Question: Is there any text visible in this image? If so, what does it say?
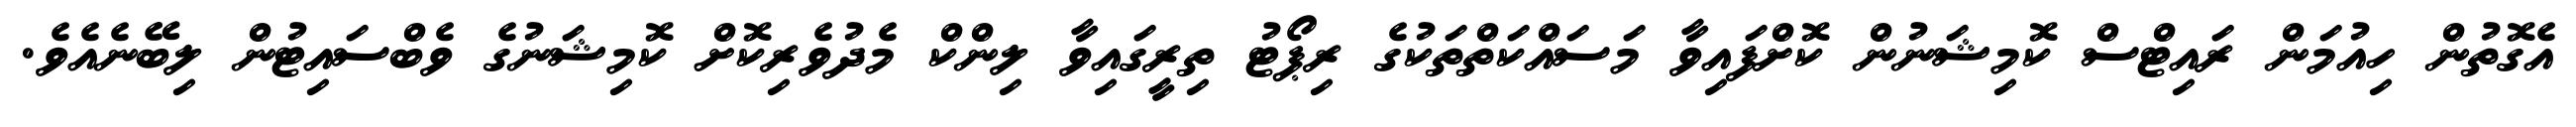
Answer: އެގޮތުން ހިއުމަން ރައިޓްސް ކޮމިޝަނުން ކޮށްފައިވާ މަސައްކަތްތަކުގެ ރިޕޯޓު ތިރީގައިވާ ލިންކް މެދުވެރިކޮށް ކޮމިޝަނުގެ ވެބްސައިޓުން ލިބޭނެއެވެ.